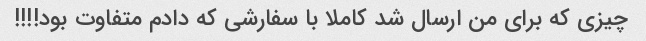
چیزی که برای من ارسال شد کاملا با سفارشی که دادم متفاوت بود!!!!